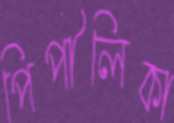
পিপীলিকা